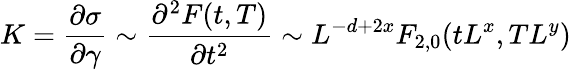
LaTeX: K=\frac{\partial\sigma}{\partial\gamma}\sim\frac{\partial^{2}F(t,T)}{\partial t^{2}}\sim L^{-d+2x}F_{2,0}(tL^{x},TL^{y})